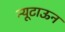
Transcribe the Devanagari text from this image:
न्यूटाऊन